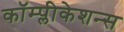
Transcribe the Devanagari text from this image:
कॉम्प्लीकेशन्स